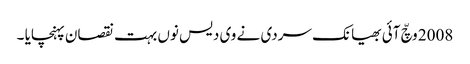
2008 وچّ آئی بھیانک سردی نے وی دیس نوں بہت نقصان پہنچایا ۔